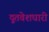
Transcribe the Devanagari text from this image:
दूतवेशधारी